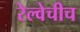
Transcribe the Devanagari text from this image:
रेल्वेचीच